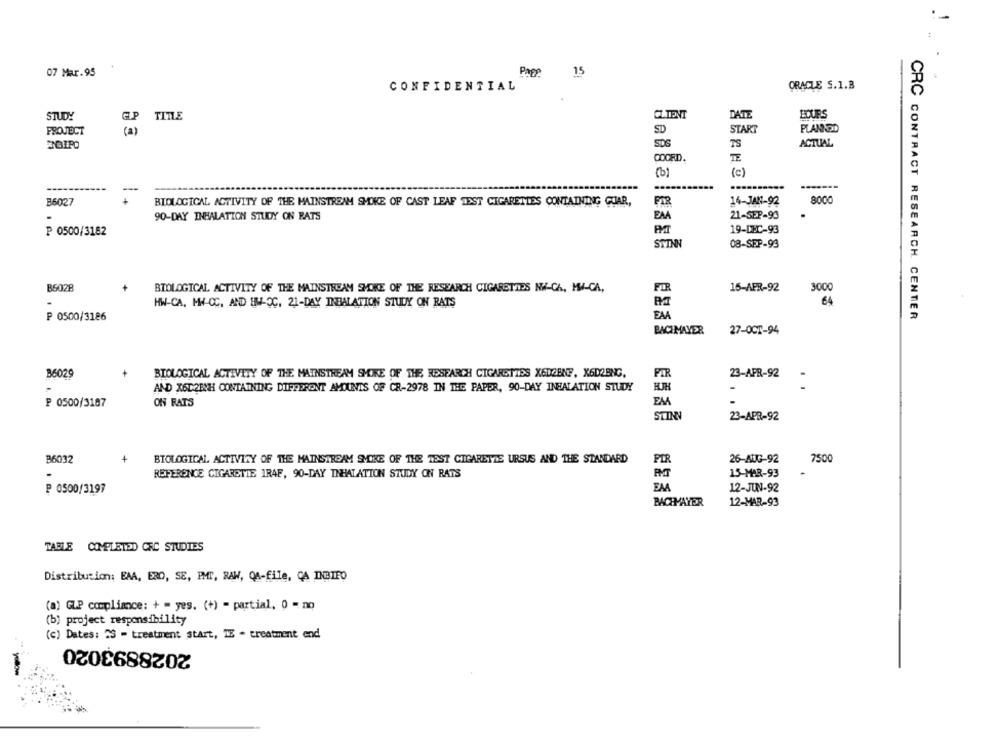
44
07 Mar.95
Page
15
CONFIDENTIAL
ORACLE S.1.B
STUDY
TITLE
CLIENT
DATE
PROJECT
( a )
SD
START
PLANNED
SDS
TS
ACTUAL
COORD
TE
(b)
(c)
---
-------
8000
B6027
BIOLOGICAL ACTIVITY OF THE MAINSTREAM SMOKE OF CAST LEAF TEST CIGARETTES CONTAINING GUAR,
14-JAN-92
EAA
21-SEP-93
90-DAY INHALATION STUDY ON RATS
P 0500/3182
19-DEC-93
STINN
08-SEP-93
B6028
BIOLOGICAL ACTIVITY OF THE MAINSTREAM SMOKE OF THE RESEARCH CIGARETTES NW-CA, MW-CA,
FIR
15-APR-92
3000
HW-CA, MW-CC, AND HW-OC, 21-DAY INHALATION STUDY ON RATS
64
₱ 0500/3186
EAA
CRC CONTRACT RESEARCH CENTER
BACIMAYER
27-OCT-94
FIR
36029
BIOLOGICAL ACTIVITY OF THE MAINSTREAM SHIRE OF THE RESEARCH CIGARETTES XEDEENF, X6DOBNG.
23-APR-92
AND X6D2ENH CONTAINING DIFFERENT AMOUNTS OF CR-2978 IN THE PAPER, 90-DAY INHALATION STUDY
-
EM
₽ 0500/3187
ON RATS
STINV
23-APR-92
B6032
4
BIOLOGICAL ACTIVITY OF THE MAINSTREAM SMOKE OF THE TEST CIGARETTE URSUS AND THE STANDARD
PIR
26-AUG-92
750
REFERENCE CIGARETTE IR4F, 90-DAY INHALATION STUDY ON RATS
PMT
15-MAR-93
₽ 0500/3197
EAA
12-JUN-92
BACHMAYER
12-MAR-93
TABLE COMPLETED CRC STUDIES
Distribution: EAA, ERO, SE, PMT, RAW, QA-file, CA INBIFO
(a) GLP compliance: + = yes. (+) = partial, 0 = no
(b) project responsibility
(c) Dates: 23 - treatment start, TE - treatment end
2028893020
yellow